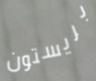
بريستون